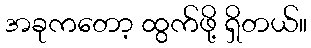
အခုကတော့ ထွက်ဖို့ ရှိတယ်။